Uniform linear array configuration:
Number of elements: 8
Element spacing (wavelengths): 0.75
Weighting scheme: exponential
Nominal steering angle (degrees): -45
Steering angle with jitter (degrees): -44.436
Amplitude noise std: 0.05
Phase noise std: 0.05

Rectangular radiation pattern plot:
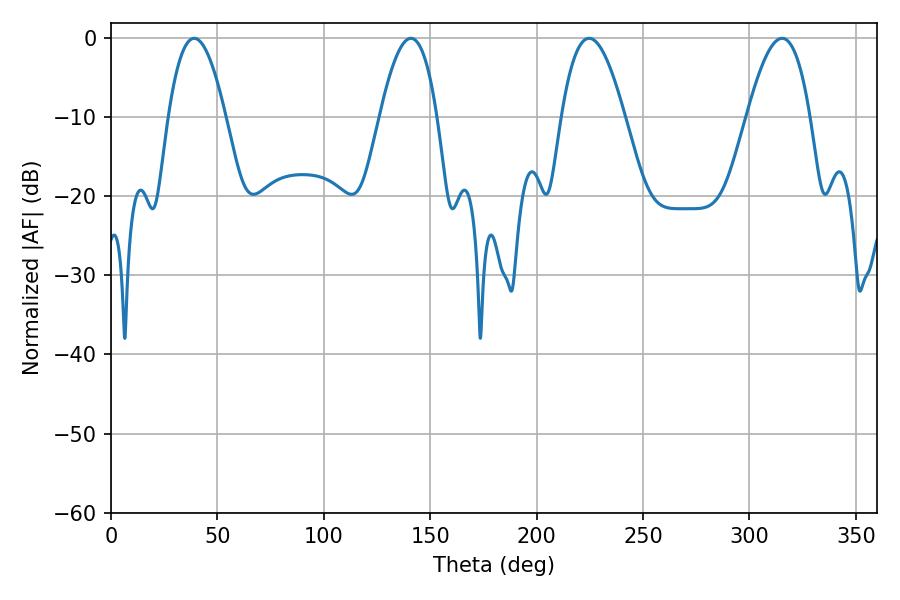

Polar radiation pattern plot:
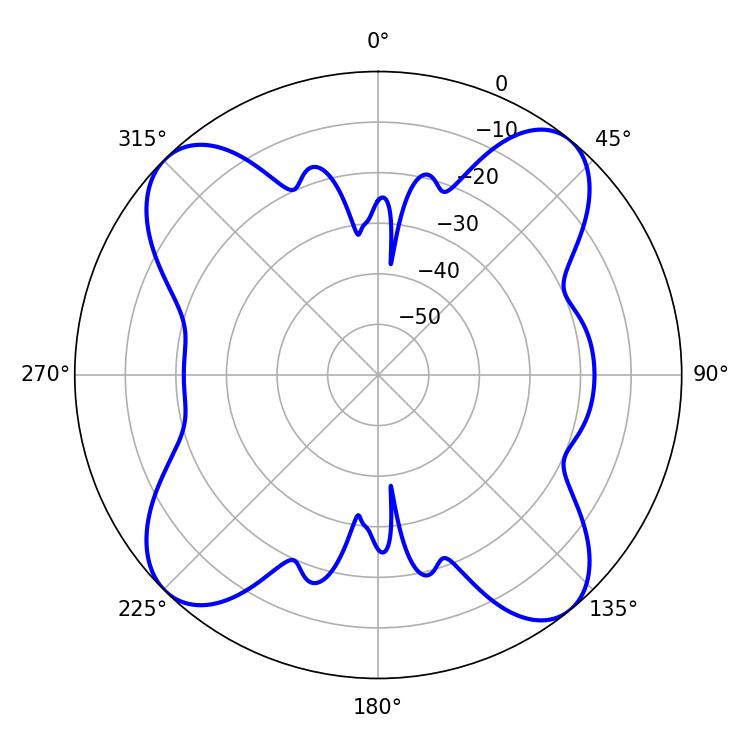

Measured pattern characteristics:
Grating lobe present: TRUE
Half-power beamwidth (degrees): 16.2
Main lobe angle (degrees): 224.64